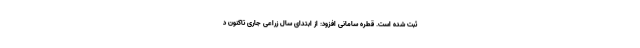
ثبت شده است. قطره سامانی افزود: از ابتدای سال زراعی جاری تاکنون د